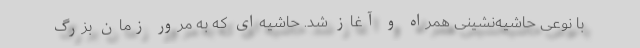
با نوعی حاشیه‌نشینی همراه و آغاز شد. حاشیه‌ای که به مرور زمان بزرگ